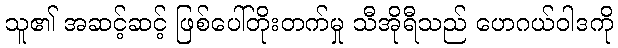
သူ၏ အဆင့်ဆင့် ဖြစ်ပေါ်တိုးတက်မှု သီအိုရီသည် ဟေဂယ်ဝါဒကို